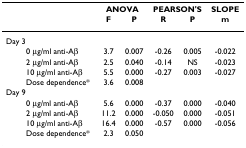
<table><thead><tr><td></td><td colspan="2"><b>ANOVA</b></td><td colspan="2"><b>PEARSON&#x27;S</b></td><td><b>SLOPE</b></td></tr><tr><td></td><td><b>F</b></td><td><b>P</b></td><td><b>R</b></td><td><b>P</b></td><td><b>m</b></td></tr></thead><tbody><tr><td>Day 3</td><td></td><td></td><td></td><td></td><td></td></tr><tr><td>0 μg/ml anti-Aβ</td><td>3.7</td><td>0.007</td><td>-0.26</td><td>0.005</td><td>-0.022</td></tr><tr><td>2 μg/ml anti-Aβ</td><td>2.5</td><td>0.040</td><td>-0.14</td><td>NS</td><td>-0.023</td></tr><tr><td>10 μg/ml anti-Aβ</td><td>5.5</td><td>0.000</td><td>-0.27</td><td>0.003</td><td>-0.027</td></tr><tr><td>Dose dependence*</td><td>3.6</td><td>0.008</td><td></td><td></td><td></td></tr><tr><td>Day 9</td><td></td><td></td><td></td><td></td><td></td></tr><tr><td>0 μg/ml anti-Aβ</td><td>5.6</td><td>0.000</td><td>-0.37</td><td>0.000</td><td>-0.040</td></tr><tr><td>2 μg/ml anti-Aβ</td><td>11.2</td><td>0.000</td><td>-0.050</td><td>0.000</td><td>-0.051</td></tr><tr><td>10 μg/ml anti-Aβ</td><td>16.4</td><td>0.000</td><td>-0.57</td><td>0.000</td><td>-0.056</td></tr><tr><td>Dose dependence*</td><td>2.3</td><td>0.050</td><td></td><td></td><td></td></tr></tbody></table>